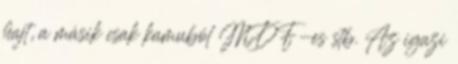
hajt, a másik csak kamuból MDF-es stb. Az igazi